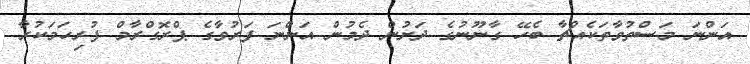
އަންނަ މަސްތުވާތަކެއްޗާ ބެހޭ ގާނޫނުގެ ދަށުން ދެމުން އަންނަ ފަރުވާގެ ޕްރޮގްރާމް ފުރިހަމަކުރާ